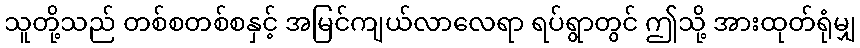
သူတို့သည် တစ်စတစ်စနှင့် အမြင်ကျယ်လာလေရာ ရပ်ရွာတွင် ဤသို့ အားထုတ်ရုံမျှ